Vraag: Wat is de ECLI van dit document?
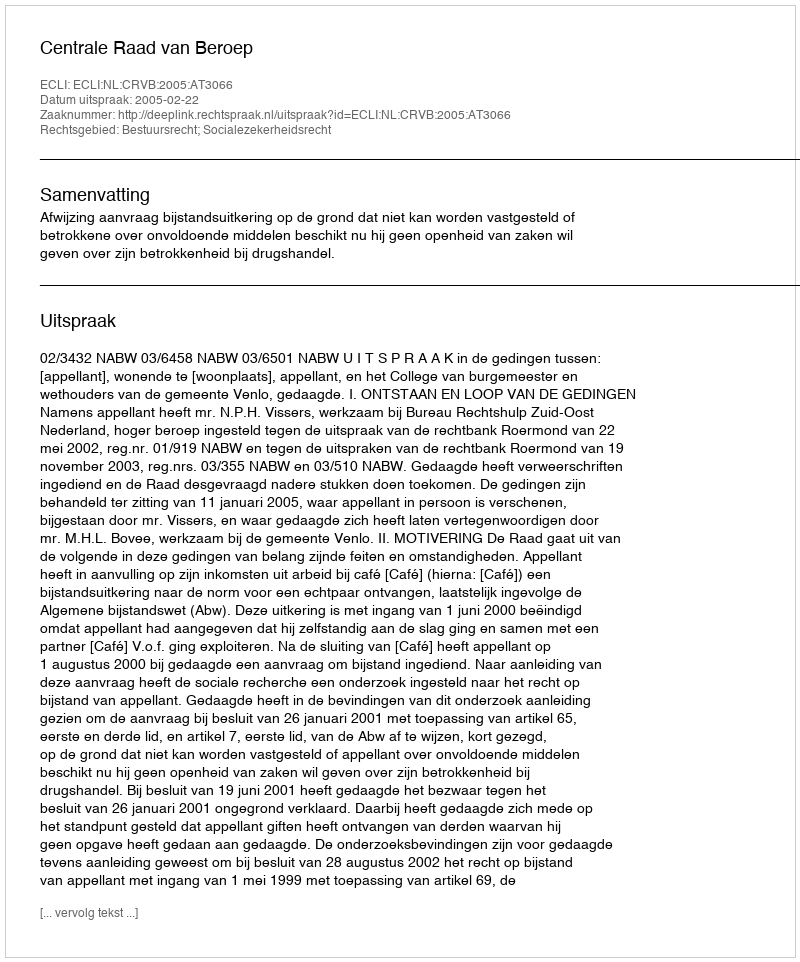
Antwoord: ECLI:NL:CRVB:2005:AT3066